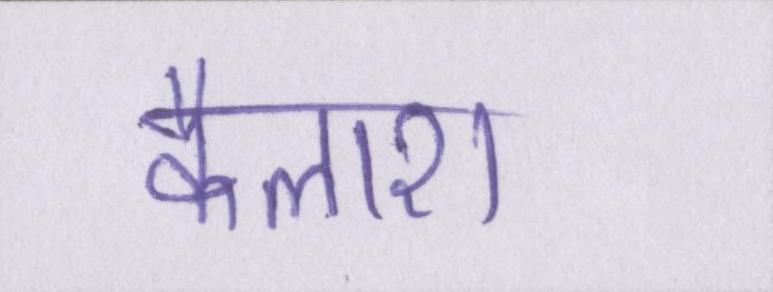
कैलाश